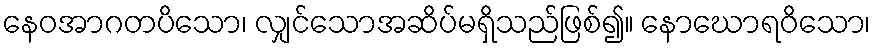
နေဝအာဂတပိသော၊ လျှင်သောအဆိပ်မရှိသည်ဖြစ်၍။ နောဃောရဝိသော၊